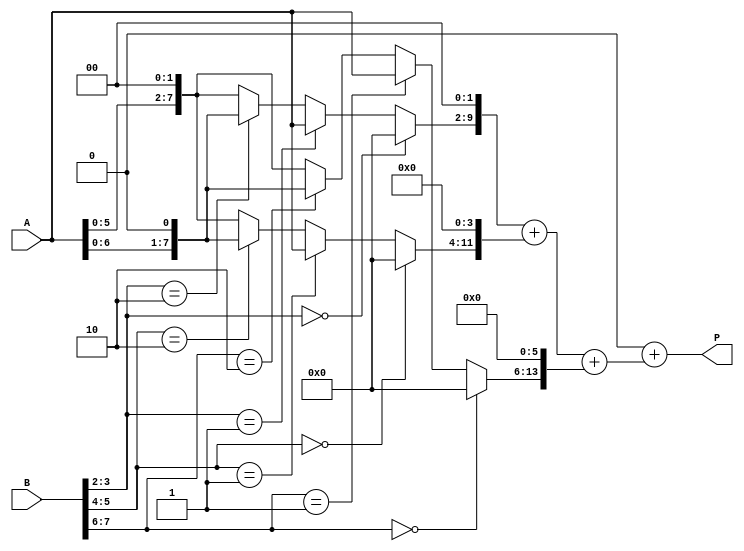
module radix4_multiplier #(parameter n = 8) (
    input  [n-1:0] A,  // First operand
    input  [n-1:0] B,  // Second operand
    output [2*n-1:0] P // Product output
);

    // Internal signals for partial products
    wire [n-1:0] pp0, pp1, pp2, pp3;
    wire [2*n-1:0] sum1, sum2, sum3;

    // Generate partial products based on the 2-bit segments of B
    assign pp0 = (B[1:0] == 2'b00) ? 0 : (B[1:0] == 2'b01) ? A : (B[1:0] == 2'b10) ? (A << 1) : (A << 2);
    assign pp1 = (B[3:2] == 2'b00) ? 0 : (B[3:2] == 2'b01) ? (A) : (B[3:2] == 2'b10) ? (A << 1) : (A << 2);
    assign pp2 = (B[5:4] == 2'b00) ? 0 : (B[5:4] == 2'b01) ? (A) : (B[5:4] == 2'b10) ? (A << 1) : (A << 2);
    assign pp3 = (B[7:6] == 2'b00) ? 0 : (B[7:6] == 2'b01) ? (A) : (B[7:6] == 2'b10) ? (A << 1) : (A << 2);

    // Shift partial products based on their place
    assign sum1 = {pp1, 2'b00} + {pp2, 4'b0000} + {pp3, 6'b000000}; // Shift left according to their positions
    assign sum2 = {pp0, 0} + sum1; // Add the first partial product

    // Final product
    assign P = sum2;

endmodule